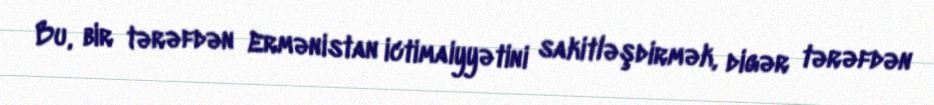
Bu, bir tərəfdən Ermənistan ictimaiyyətini sakitləşdirmək, digər tərəfdən